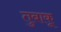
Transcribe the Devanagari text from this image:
तुबाकू